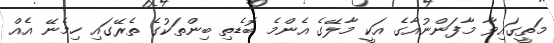
މަތީގައިވާ މާފަންނުއާގެ އަކީ މާލޭގެ އެންމެ ބޮޑެތި ބިންތަކުގެ ތެރޭގައި ހިމެނޭ އެއް